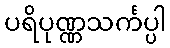
ပရိပုဏ္ဏသင်္ကပ္ပါ